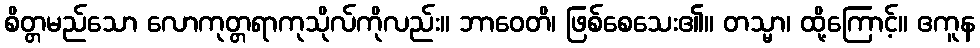
စိတ္တမည်သော လောကုတ္တရာကုသိုလ်ကိုလည်း။ ဘာဝေတိ၊ ဖြစ်စေသေး၏။ တသ္မာ၊ ထို့ကြောင့်။ ဧကူန